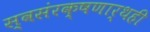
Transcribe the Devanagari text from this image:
स्वसंरक्षणार्थही